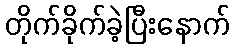
တိုက်ခိုက်ခဲ့ပြီးနောက်